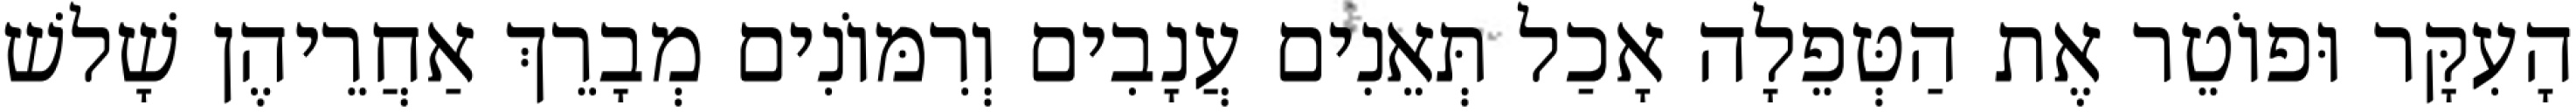
הָעִקָּר וּפוֹטֵר אֶת הַטְּפֵלָה אָכַל תְּאֵנִים עֲנָבִים וְרִמּוֹנִים מְבָרֵךְ אַחֲרֵיהֶן שָׁלשׁ